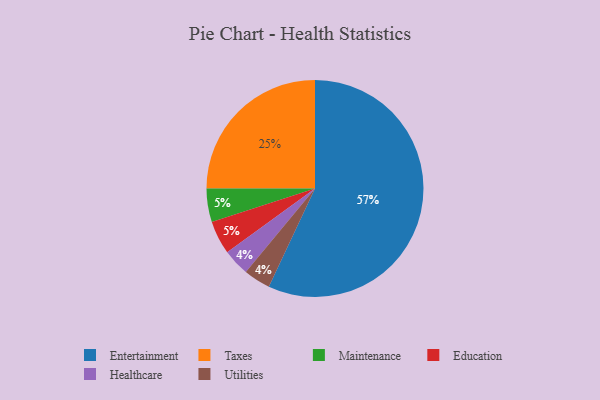
{"axis": {"x": "Category", "y": "Percentage"}, "legend": ["Education", "Entertainment", "Healthcare", "Maintenance", "Taxes", "Utilities"], "data": [{"x": "Entertainment", "y": 57, "type": "Entertainment"}, {"x": "Taxes", "y": 25, "type": "Taxes"}, {"x": "Healthcare", "y": 4, "type": "Healthcare"}, {"x": "Maintenance", "y": 5, "type": "Maintenance"}, {"x": "Education", "y": 5, "type": "Education"}, {"x": "Utilities", "y": 4, "type": "Utilities"}]}